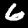
Label: 6